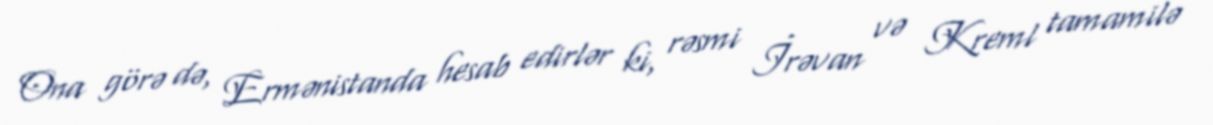
Ona görə də, Ermənistanda hesab edirlər ki, rəsmi İrəvan və Kreml tamamilə